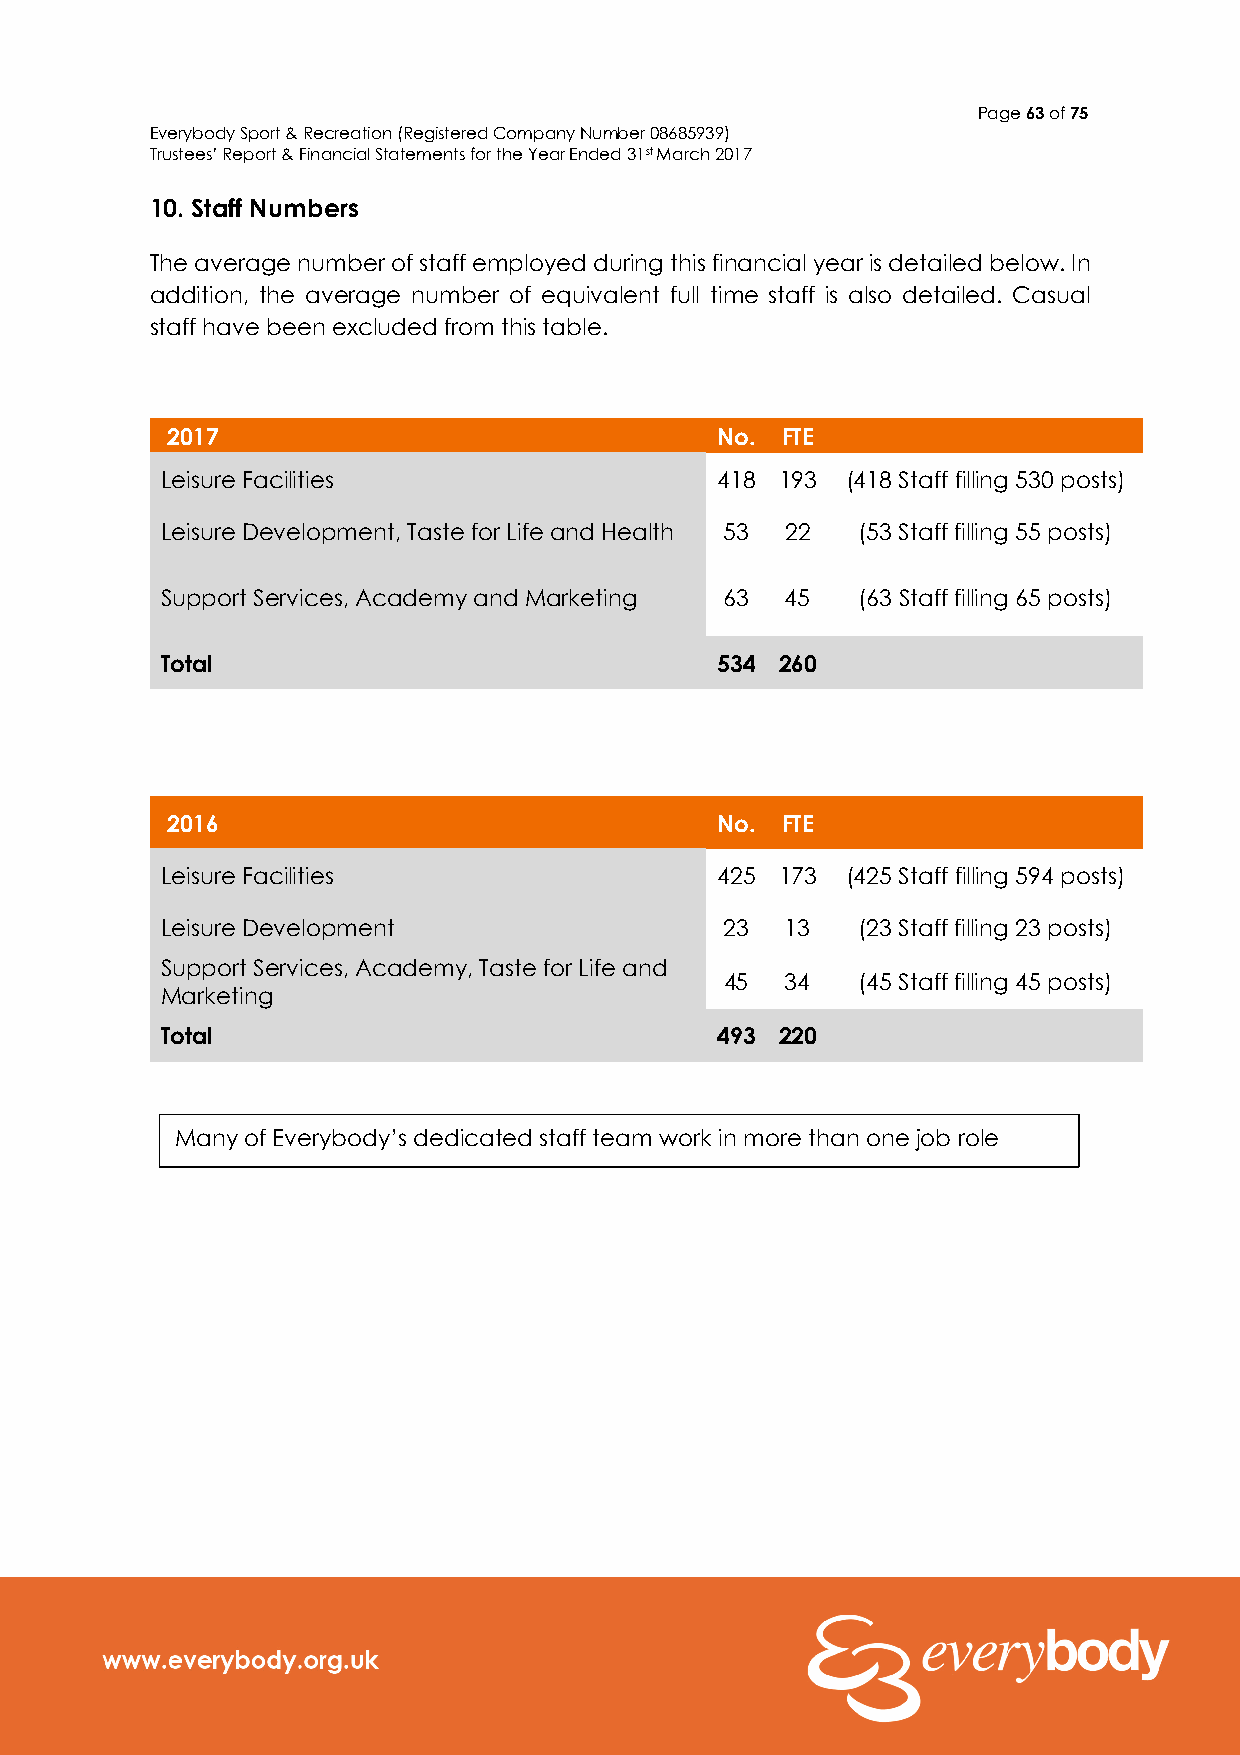
Page 63 of 75
 Everybody Sport & Recreation (Registered Company Number 08685939)
 Trustees’ Report & Financial Statements for the Year Ended 31st March 2017
 10. Staff Numbers
 The average number of staff employed during this financial year is detailed below. In
 addition, the average number of equivalent full time staff is also detailed. Casual
 staff have been excluded from this table.
 2017                                No.  FTE
 Leisure Facilities                  418  193 (418 Staff filling 530 posts)
 Leisure Development, Taste for Life and Health 53 22 (53 Staff filling 55 posts)
 Support Services, Academy and Marketing 63 45 (63 Staff filling 65 posts)
 Total                               534  260
 2016                                No.  FTE
 Leisure Facilities                  425  173 (425 Staff filling 594 posts)
 Leisure Development                  23  13   (23 Staff filling 23 posts)
 Support Services, Academy, Taste for Life and
 45  34   (45 Staff filling 45 posts)
 Marketing
 Total                               493  220
 Many of Everybody’s dedicated staff team work in more than one job role